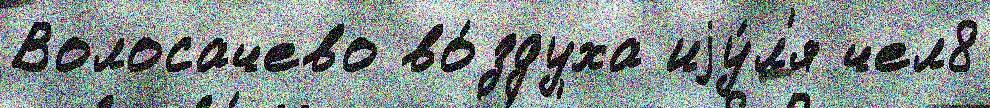
Волосачево во́здуха иjу́л'я чел8